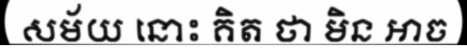
សម័យ នោះ គិត ថា មិន អាច